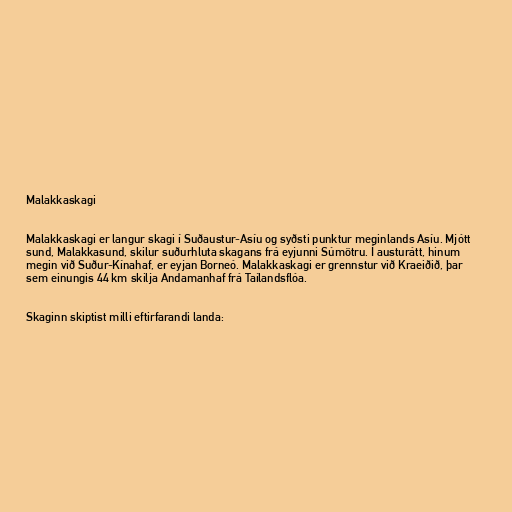
Malakkaskagi

Malakkaskagi er langur skagi í Suðaustur-Asíu og syðsti punktur meginlands Asíu. Mjótt
sund, Malakkasund, skilur suðurhluta skagans frá eyjunni Súmötru. Í austurátt, hinum
megin við Suður-Kínahaf, er eyjan Borneó. Malakkaskagi er grennstur við Kraeiðið, þar
sem einungis 44 km skilja Andamanhaf frá Taílandsflóa.

Skaginn skiptist milli eftirfarandi landa: